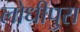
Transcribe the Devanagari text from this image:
लोधीपुरा